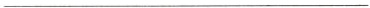
___